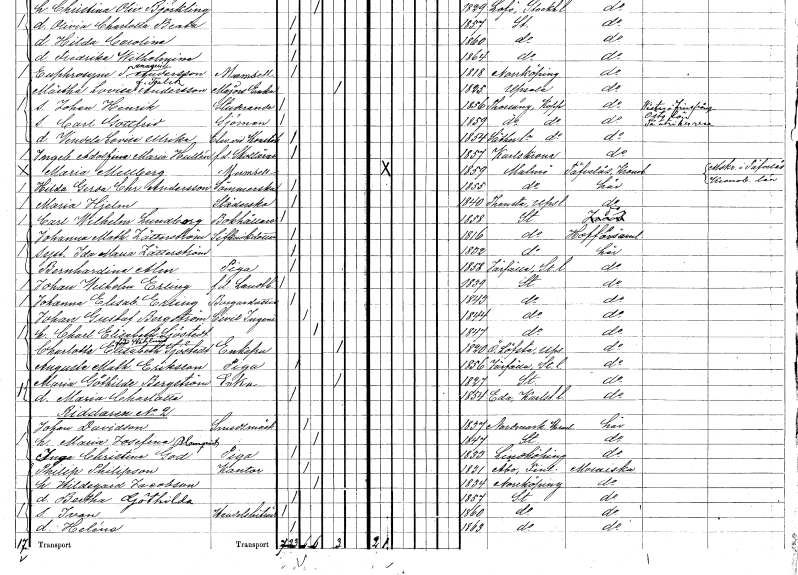
gt_parse: households: individuals: FN: Maria
EN: Hjelm
YRKE: Städerska
KON: K
CIV: O
FODAR: 1840
FODFORS: Tensta Uppsala län
FN: Carl Wilhelm
EN: Lundborg
YRKE: Bokhållare
KON: M
CIV: O
FODAR: 1858
FODFORS: Stockholm
FN: Johanna Mathilda
EN: Zätterström
YRKE: Livkuskdotter
KON: K
CIV: O
FODAR: 1816
FODFORS: Stockholm
FN: Ida Maria
EN: Zätterström
KON: K
CIV: O
FODAR: 1832
FODFORS: Stockholm
FN: Bernhardina
EN: Alm
YRKE: Piga
KON: K
CIV: O
FODAR: 1858
FODFORS: Järfälla Stockholms län
FN: Johan Wilhelm
EN: Erling
YRKE: Lantbrukare f.d.
KON: M
CIV: O
FODAR: 1839
FODFORS: Stockholm
FN: Johanna Elisabet
EN: Erling
YRKE: Borgaredotter
KON: K
CIV: O
FODAR: 1843
FODFORS: Stockholm
FN: Johan Gustaf
EN: Bergström
YRKE: Civilingenjör
KON: M
CIV: G
FODAR: 1844
FODFORS: Stockholm
FN: Charlotta Elisabeth
EN: Sjöstedt
KON: K
CIV: G
FODAR: 1847
FODFORS: Stockholm
FN: Charlotta Elisabeth
EN: Sjöstedt Wahlund
KON: K
CIV: E
FODAR: 1820
FODFORS: Österlövsta Uppsala län
FN: Augusta Mathilda
EN: Eriksson
YRKE: Piga
KON: K
CIV: O
FODAR: 1856
FODFORS: Järfälla Stockholms län
FN: Maria Göthilda
EN: Bergström
YRKE: Änka
KON: K
CIV: E
FODAR: 1827
FODFORS: Stockholm
FN: Maria Charlotta
KON: K
CIV: O
FODAR: 1854
FODFORS: Eda Värmlands län
FN: Johan
EN: Davidsson
YRKE: Smedmästare
KON: M
CIV: G
FODAR: 1837
FODFORS: Nordmark Värmlands län
FN: Maria Josefina
EN: Blomqvist
KON: K
CIV: G
FODAR: 1847
FODFORS: Stockholm
FN: Inga Christina
EN: God
YRKE: Piga
KON: K
CIV: O
FODAR: 1833
FODFORS: Linköping Östergötlands län
FN: Philip
EN: Philipson
YRKE: Kantor
KON: M
CIV: G
FODAR: 1831
FN: Hildegard
EN: Jacobson
KON: K
CIV: G
FODAR: 1834
FODFORS: Norrköping Östergötlands län
FN: Bertha Göthilda
KON: K
CIV: O
FODAR: 1857
FODFORS: Stockholm
FN: Ivan
YRKE: Handelsbiträde
KON: M
CIV: O
FODAR: 1860
FODFORS: Stockholm
FN: Heléne
KON: K
CIV: O
FODAR: 1863
FODFORS: Stockholm